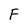
Character: F